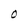
Character: O